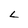
Character: L